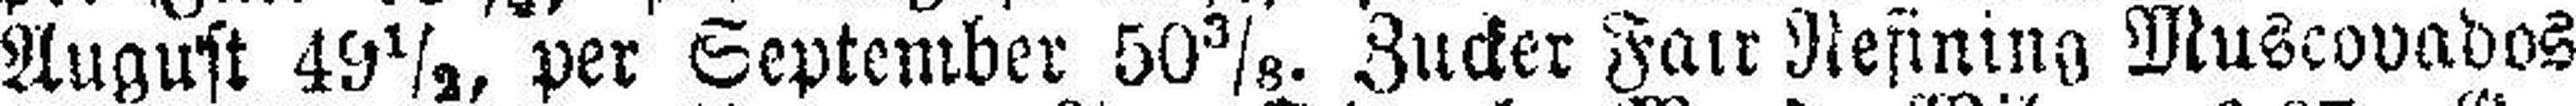
August 49½, per September 50⅜. Zucker Fair Nefining Muscovados